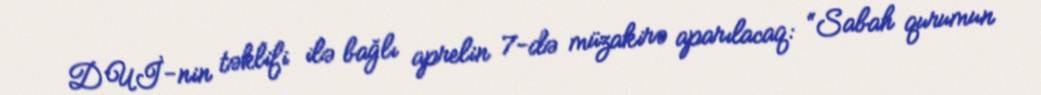
DUİ-nin təklifi ilə bağlı aprelin 7-də müzakirə aparılacaq: “Sabah qurumun